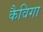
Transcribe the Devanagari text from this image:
कैविगा